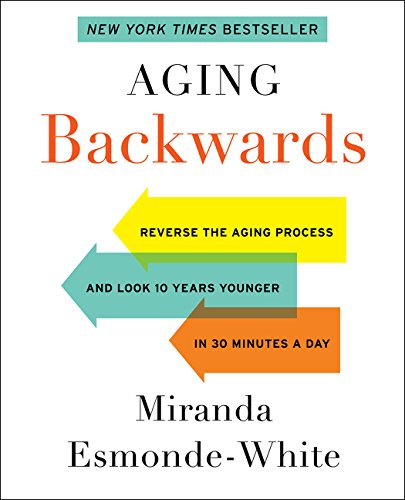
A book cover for Aging Backwards: Reverse the Aging Process and Look 10 Years Younger in 30 Minutes a Day; Miranda Esmonde-White; Health, Fitness & Dieting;